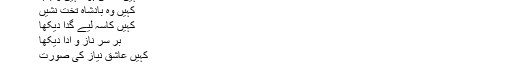
یار کو ہم نے جابجا دیکھا
کہیں ممکن ہوا کہیں واجب
کہیں وہ بادشاہِ تخت نشیں
کہیں کاسہ لیے گدا دیکھا
بر سرِ ناز و ادا دیکھا
کہیں عاشق نیاز کی صورت
سینہ بِریاں و دل جلا دیکھا
کلائمیکس کے منظر میں، میں خون آلود منہ والے انبوہ کو دھیرے دھیرے اس کے گرد بیٹھتا ہوا سوچ رہی تھی۔